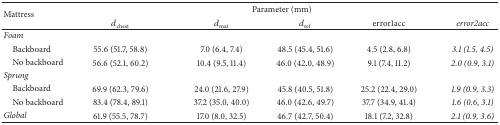
<table><thead><tr><td rowspan="2"><b>Mattress</b></td><td colspan="5"><b>Parameter (mm)</b></td></tr><tr><td><b><i>d</i><sub>chest</sub></b></td><td><b><i>d</i><sub>mat</sub></b></td><td><b><i>d</i><sub>ref</sub></b></td><td><b>error1acc</b></td><td><b><i>error2acc</i></b></td></tr></thead><tbody><tr><td><i>Foam</i></td><td> </td><td> </td><td> </td><td> </td><td> </td></tr><tr><td> Backboard</td><td>55.6 (51.7, 58.8)</td><td>7.0 (6.4, 7.4)</td><td>48.5 (45.4, 51.6)</td><td>4.5 (2.8, 6.8)</td><td><i>3.1 (1.5, 4.5)</i></td></tr><tr><td> No backboard</td><td>56.6 (52.1, 60.2)</td><td>10.4 (9.5, 11.4)</td><td>46.0 (42.0, 48.9)</td><td>9.1 (7.4, 11.2)</td><td><i>2.0 (0.9, 3.1)</i></td></tr><tr><td><i>Sprung</i></td><td> </td><td> </td><td> </td><td> </td><td> </td></tr><tr><td> Backboard</td><td>69.9 (62.3, 79.6)</td><td>24.0 (21.6, 27.9)</td><td>45.8 (40.5, 51.8)</td><td>25.2 (22.4, 29.0)</td><td><i>1.9 (0.9, 3.3)</i></td></tr><tr><td> No backboard</td><td>83.4 (78.4, 89.1)</td><td>37.2 (35.0, 40.0)</td><td>46.0 (42.6, 49.7)</td><td>37.7 (34.9, 41.4)</td><td><i>1.6 (0.6, 3.1)</i></td></tr><tr><td><i>Global</i></td><td>61.9 (55.5, 78.7)</td><td>17.0 (8.0, 32.5)</td><td>46.7 (42.7, 50.4)</td><td>18.1 (7.2, 32.8)</td><td><i>2.1 (0.9, 3.6)</i></td></tr></tbody></table>